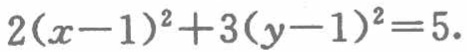
\(2(x - 1)^2 + 3(y - 1)^2 = 5\)